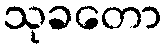
သုခတော